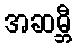
အဆမ္ဘီ